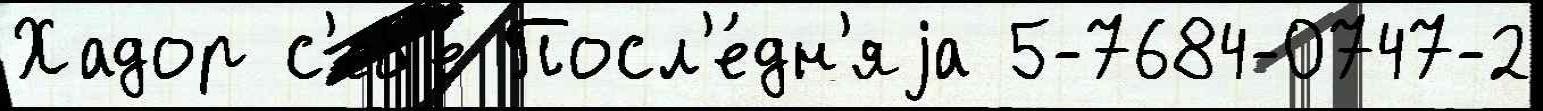
Хадор с'еб'е́ Посл'е́дн'яjа 5-7684-0747-2